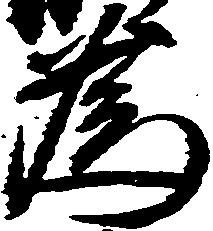
為